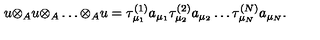
u { \otimes } _ { A } u { \otimes } _ { A } \ldots { \otimes } _ { A } u = { \tau } _ { { \mu } _ { 1 } } ^ { ( 1 ) } a _ { { \mu } _ { 1 } } { \tau } _ { { \mu } _ { 2 } } ^ { ( 2 ) } a _ { { \mu } _ { 2 } } \ldots { \tau } _ { { \mu } _ { N } } ^ { ( N ) } a _ { { \mu } _ { N } } .